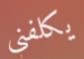
يكلفني